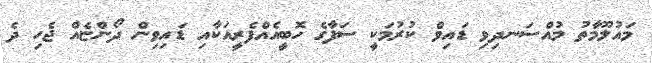
މައުލޫމާތު މުއްސަނދިވި ޑައިވް ކުރުމަކީ ސަފާގެ ހޮބީއެއްފެރީއަކާއި ޑައިވިން ދޯންޏެއް ޖެހި ދެ